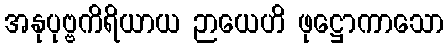
အနုပုဗ္ဗကိရိယာယ ဉာယေဟိ ဖုဋ္ဌောကာသော